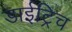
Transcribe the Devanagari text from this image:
डाईट्रिच